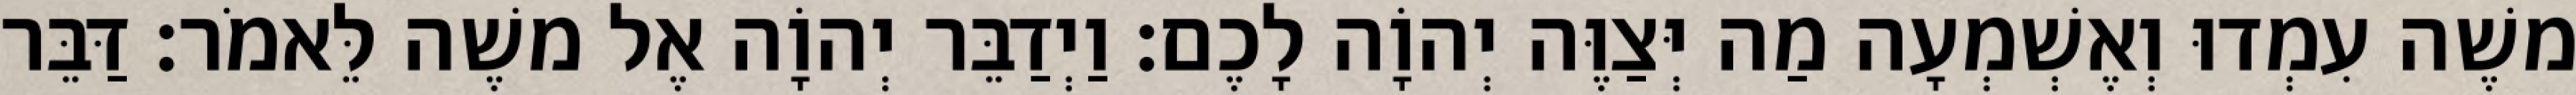
משֶׁה עִמְדוּ וְאֶשְׁמְעָה מַה יְּצַוֶּה יְהוָֹה לָכֶם׃ וַיְדַבֵּר יְהוָֹה אֶל משֶׁה לֵּאמֹר׃ דַּבֵּר